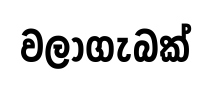
වලාගැබක්